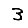
Digit: 3